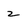
Character: 2